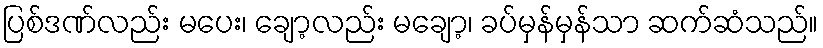
ပြစ်ဒဏ်လည်း မပေး၊ ချော့လည်း မချော့၊ ခပ်မှန်မှန်သာ ဆက်ဆံသည်။